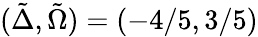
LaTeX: (\tilde{\Delta},\tilde{\Omega})=(-4/5,3/5)